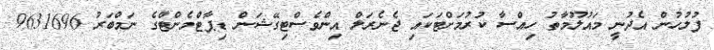
ފުލުހުން އެދުނީ މައުލޫމާތު ހިއްސާ ކުރުމަށްޓަކައި ޖެނެރަލް އިންވެސްޓިގޭޝަން ޑިޕާޓްމެންޓްގެ ނަމްބަރު 9631696